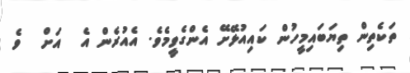
ތަކެތިން ތިޔަބައިމީހުން ކައިއުޅޭށޭ އެންގެވީމެވެ. އެއުރެން އެ  އަށް  ވެ